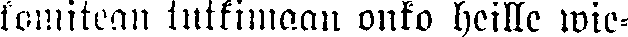
komitean tutkimaan onko heille wie-